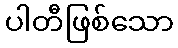
ပါတီဖြစ်သော